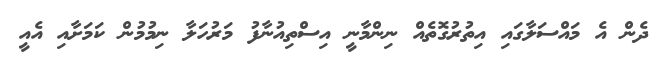
ދެން އެ މައްސަލާގައި އިތުރުގޮތެއް ނިންމާނީ އިސްތިއުނާފު މަރުހަލާ ނިމުމުން ކަމަށާއި އެއީ